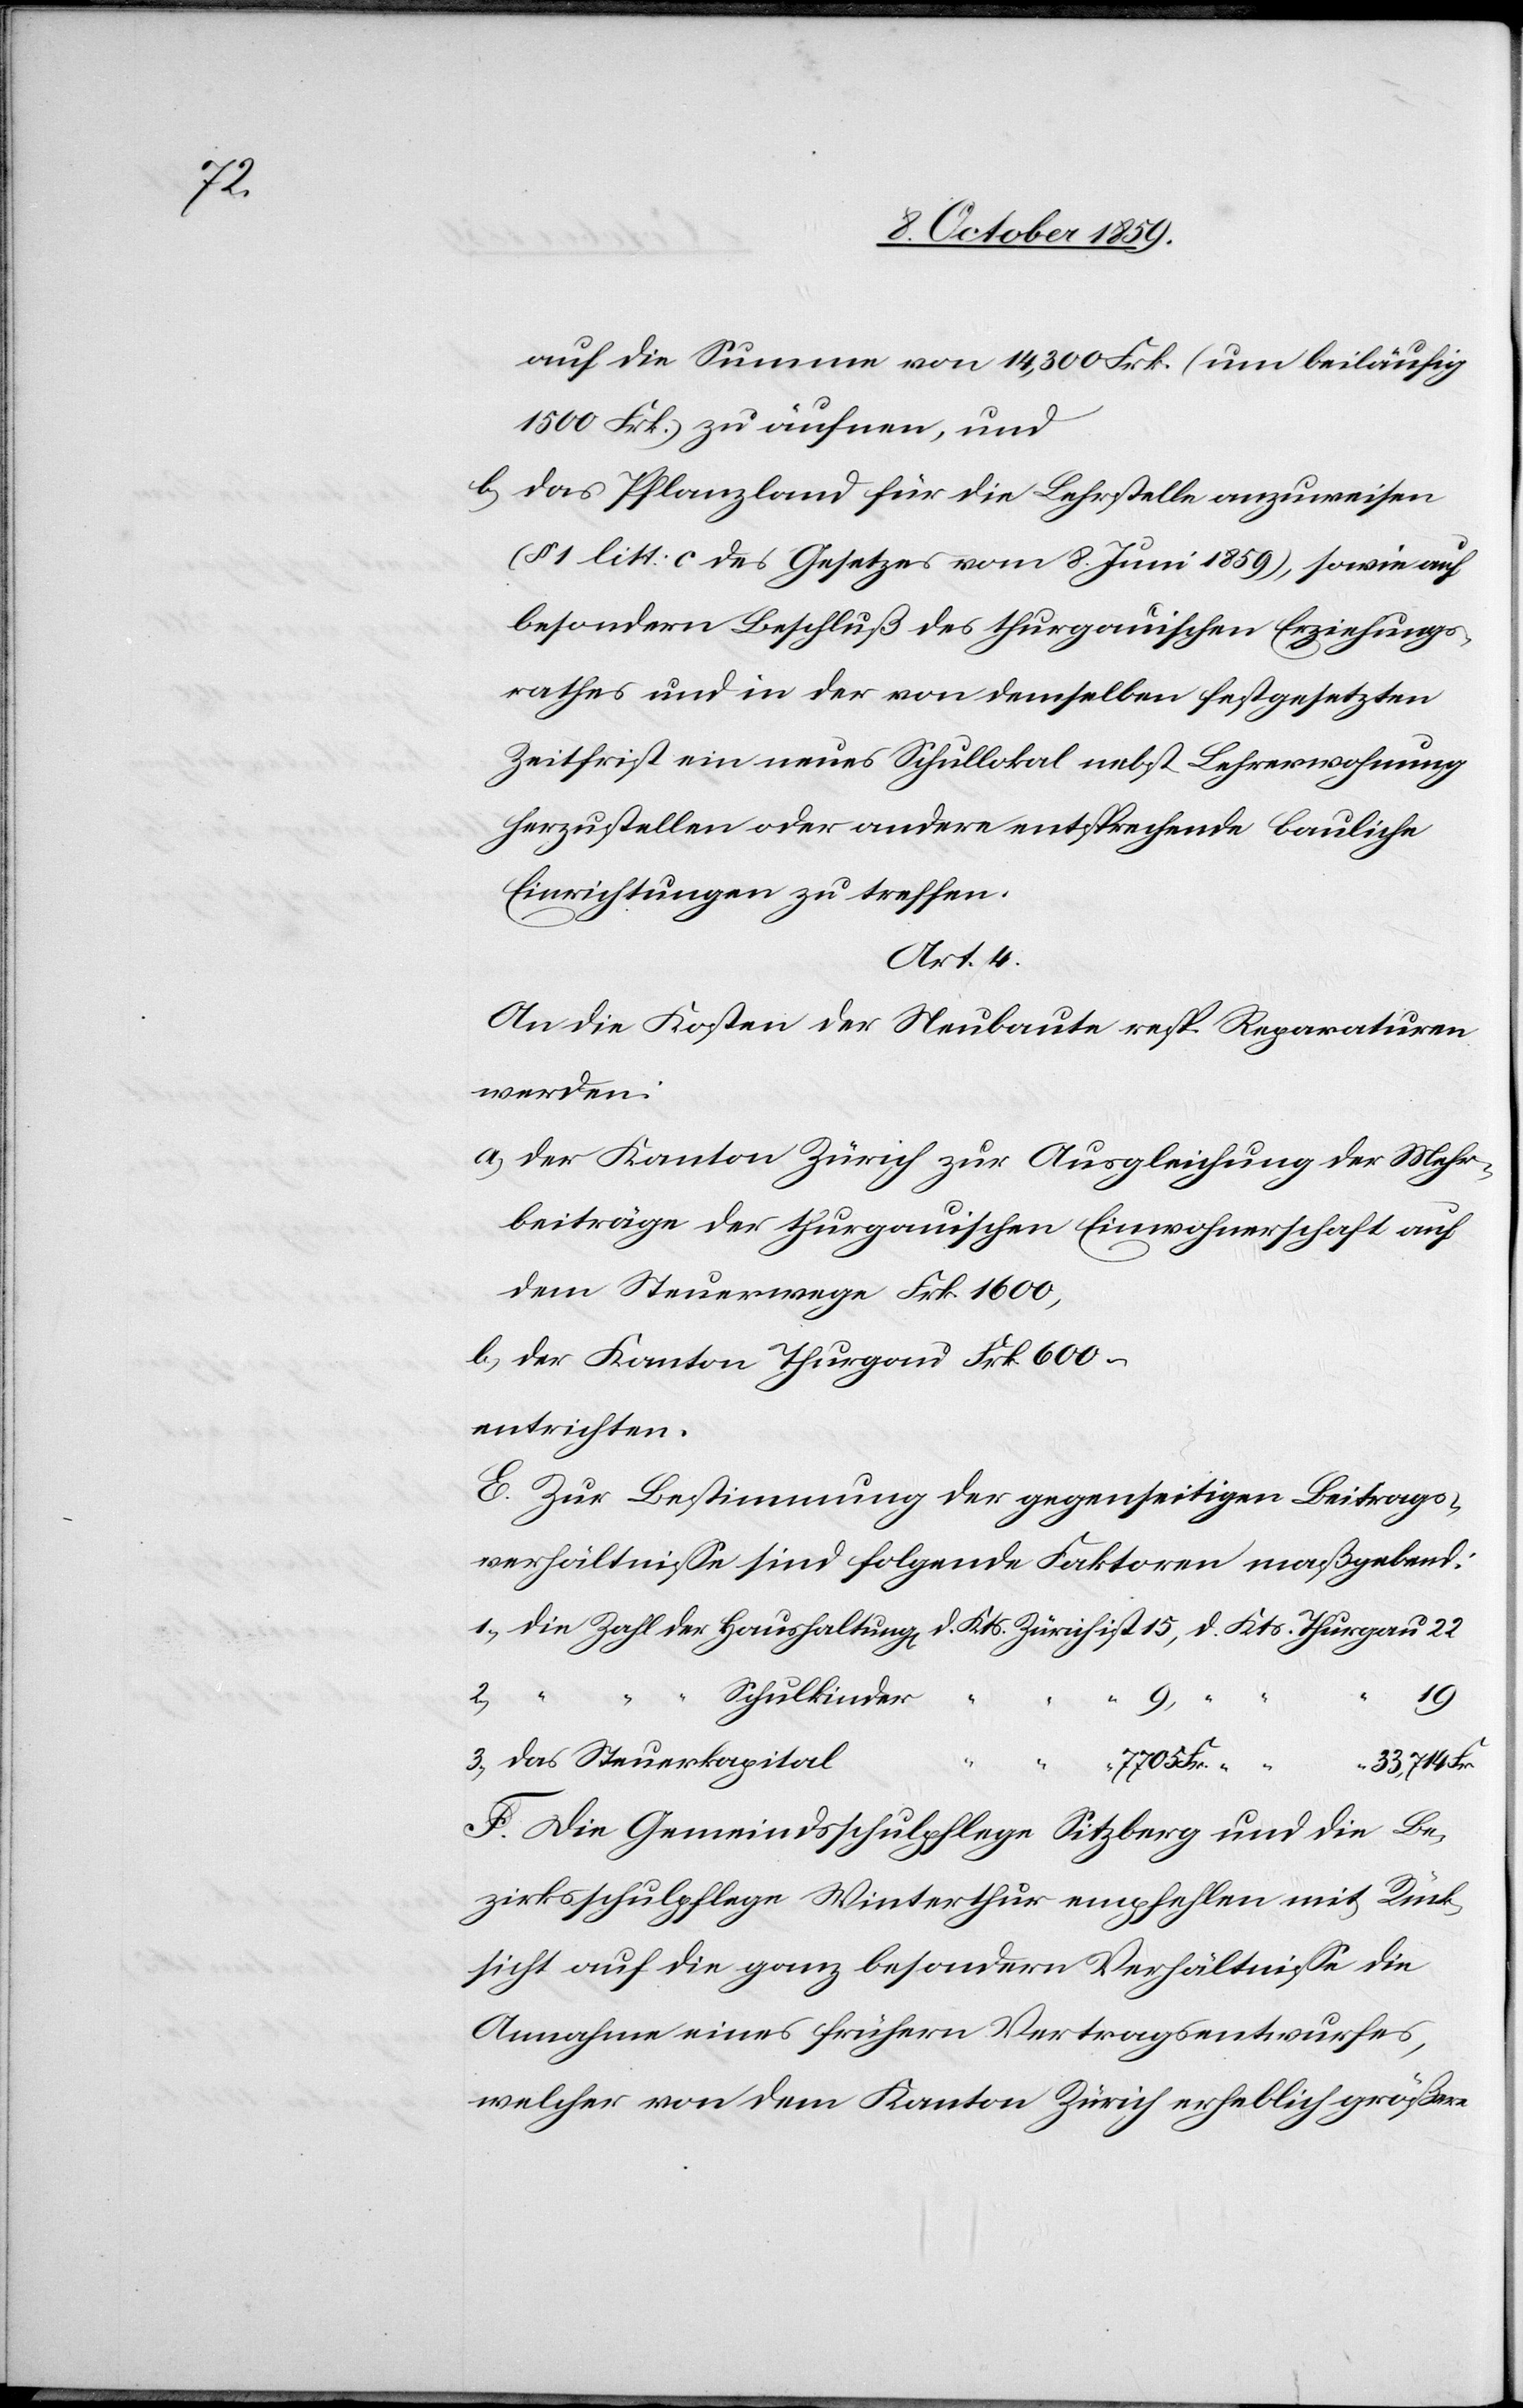
Fr.

auf die Summe von 14,300 Frk. (um beiläufig
1500 Frk.) zu äufnen, und
b) das Pflanzland für die Lehrstelle anzuweisen
(§ 1 litt: c des Gesetzes vom 8. Juni 1859), sowie auf
besondern Beschluß des thurgauischen Erziehungs¬
rathes und in der von demselben festgesetzten
Zeitfirst ein neues Schullokal nebst Lehrerwohnung
herzustellen oder andere entsprechende bauliche
Einrichtungen zu treffen.
Art. 4.
An die Kosten der Neubaute resp. Reparaturen
werden:
a) der Kanton Zürich zur Ausgleichung der Mehr¬
beiträge der thurgauischen Einwohnerschaft auf
dem Steuerwege Frk. 1600,
b) der Kanton Thurgau Frk. 600
entrichten.
E. Zur Bestimmung der gegenseitigen Beitrags¬
verhältnisse sind folgende Faktoren maßgebend:
“ “
Schulkinder
33 714 Fr
Thurgau
das
F. Die Gemeindsschulpflege Sitzberg und die Be¬
zirksschulpflege Winterthur empfehlen mit Rück¬
sicht auf die ganz besondern Verhältnisse die
Annahme eines frühern Vertragsentwurfes,
welcher von dem Kanton Zürich erheblich größere